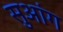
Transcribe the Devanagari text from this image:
सुआंग